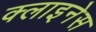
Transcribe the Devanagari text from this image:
क्लाइनेस